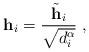
LaTeX: \begin{align*}\mathbf{h}_i=\frac{\tilde{\mathbf{h}}_i}{\sqrt{d_i^{\alpha}}}\;,\end{align*}